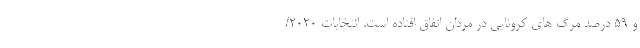
و ۵۹ درصد مرگ های کرونایی در مردان اتفاق افتاده است. انتخابات 2020/